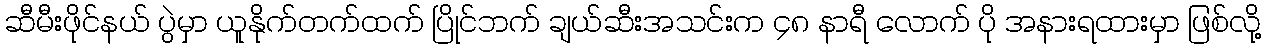
ဆီမီးဖိုင်နယ် ပွဲမှာ ယူနိုက်တက်ထက် ပြိုင်ဘက် ချယ်ဆီးအသင်းက ၄၈ နာရီ လောက် ပို အနားရထားမှာ ဖြစ်လို့